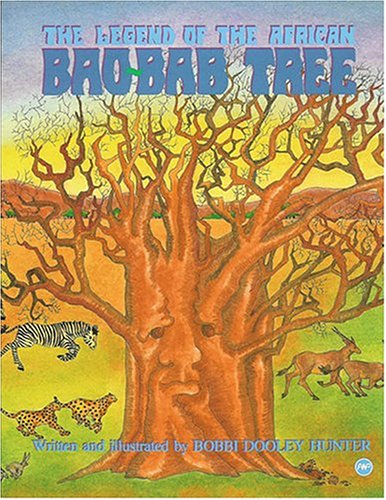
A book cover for The Legend of the African Bao-Bab Tree; Bobbi Dooley Hunter; Children's Books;